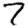
Digit: 7